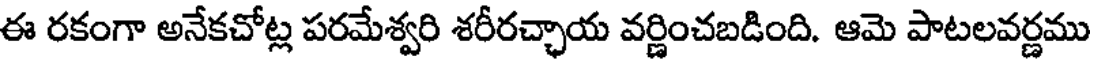
ఈ రకంగా అనేకచోట్ల పరమేశ్వరి శరీరచ్చాయ వర్ణించబడింది. ఆమె పాటలవర్ణము